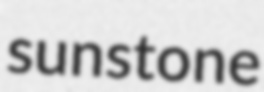
sunstone